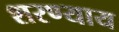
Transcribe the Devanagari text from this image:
शरण्याय